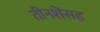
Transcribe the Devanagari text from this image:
तीनशेंसह